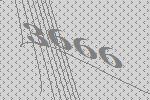
3666